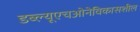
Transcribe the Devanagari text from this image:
डब्‍ल्‍यूएचओनेविकासशील